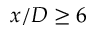
x / D \geq 6